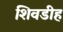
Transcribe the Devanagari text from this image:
शिवडीह